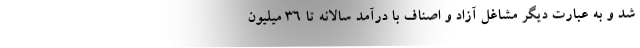
شد و به عبارت دیگر مشاغل آزاد و اصناف با درآمد سالانه تا ۳۶ میلیون